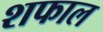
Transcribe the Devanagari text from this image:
शफाल